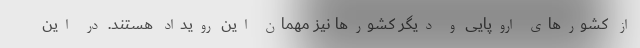
از کشورهای اروپایی و دیگر کشورها نیز مهمان این رویداد هستند. در این